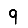
Digit: 9